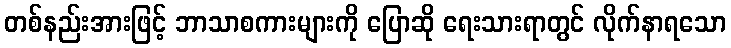
တစ်နည်းအားဖြင့် ဘာသာစကားများကို ပြောဆို ရေးသားရာတွင် လိုက်နာရသော